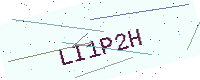
Text: LI1P2H